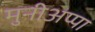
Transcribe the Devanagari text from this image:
मुनीअप्पा